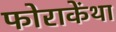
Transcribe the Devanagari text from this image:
फोराकेंथा